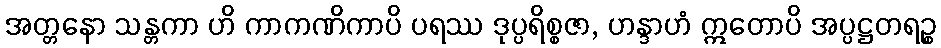
အတ္တနော သန္တကာ ဟိ ကာကဏိကာပိ ပရဿ ဒုပ္ပရိစ္စဇာ, ဟန္ဒာဟံ ဣတောပိ အပ္ပဋ္ဌတရဉ္စ